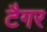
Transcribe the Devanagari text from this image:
टैगर